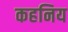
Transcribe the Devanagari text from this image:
कहनिय